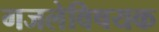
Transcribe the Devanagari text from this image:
गजलेविषयक